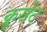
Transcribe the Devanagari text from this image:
क्रूसेंट